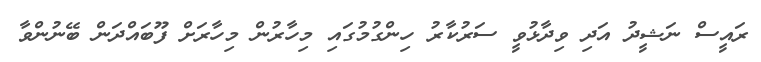
ރައީސް ނަޝީދު އަދި ވިދާޅުވީ ސަރުކާރު ހިންގުމުގައި މިހާރުން މިހާރަށް ފޫބައްދަން ބޭނުންވާ